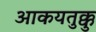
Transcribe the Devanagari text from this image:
आकयतुक्कु